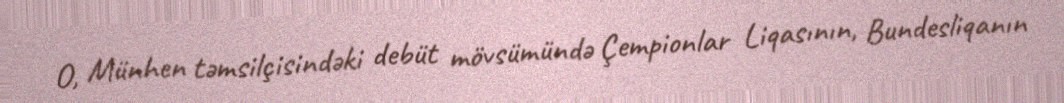
O, Münhen təmsilçisindəki debüt mövsümündə Çempionlar Liqasının, Bundesliqanın